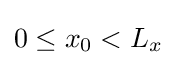
0\leq x_{0}<L_{x}